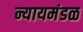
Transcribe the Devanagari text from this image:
न्यायमंडळ